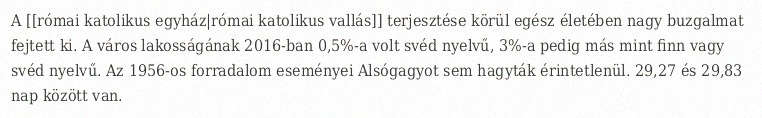
A [[római katolikus egyház|római katolikus vallás]] terjesztése körül egész életében nagy buzgalmat fejtett ki. A város lakosságának 2016-ban 0,5%‑a volt svéd nyelvű, 3%‑a pedig más mint finn vagy svéd nyelvű. Az 1956-os forradalom eseményei Alsógagyot sem hagyták érintetlenül. 29,27 és 29,83 nap között van.